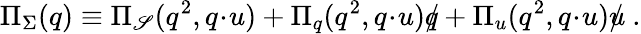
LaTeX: \Pi_{\Sigma}(q)\equiv\Pi_{\mathscr{S}}(q^{2},q\! \cdot\! u)+\Pi_{q}(q^{2},q\! \cdot\! u)\rlap{/}{q}+\Pi_{u}(q^{2},q\! \cdot\! u)\rlap{/}{u}\ .